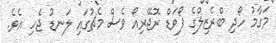
މަގާމު ހޯދި ބްރެޒިލްގެ ފޯވަޑް ރޮޖޭރިއޯ ވެސް މެޗުގައި ލަނޑު ޖެހި އެވެ.